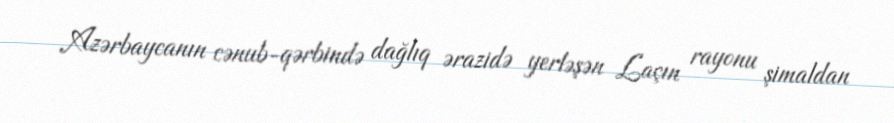
Azərbaycanın cənub-qərbində dağlıq ərazidə yerləşən Laçın rayonu şimaldan